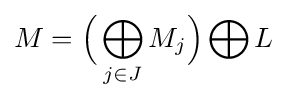
M={\Big (}\bigoplus _{j\in J}M_{j}{\Big )}\bigoplus L